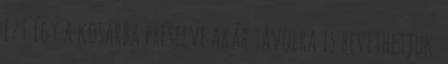
Ezt így a kosárba préselve akár távolra is bevethetjük.